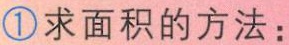
\textcircled{1}求面积的方法：